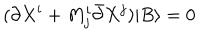
( \partial X ^ { i } + M _ { j } ^ { i } \bar { \partial } X ^ { j } ) | B \rangle = 0